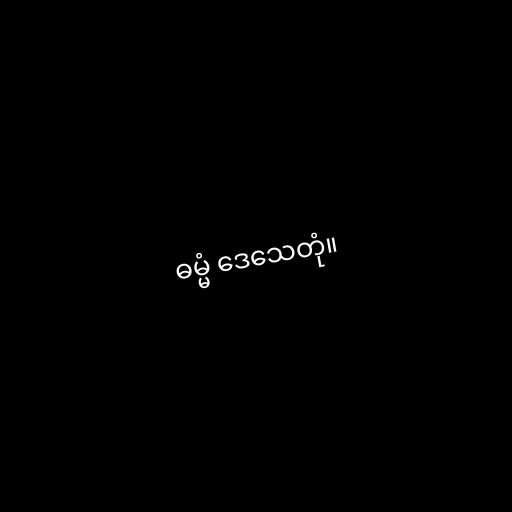
ဓမ္မံ ဒေသေတုံ။